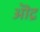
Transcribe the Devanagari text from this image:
ऒद्र